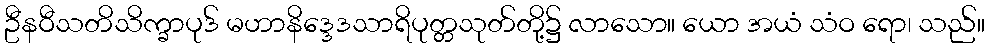
ဦနဝီသတိသိက္ခာပုဒ် မဟာနိဒ္ဒေဒသာရိပုတ္တသုတ်တို့၌ လာသော။ ယော အယံ သံဝ ရော၊ သည်။